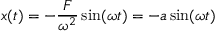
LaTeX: x ( t ) = - { \frac { F } { \omega ^ { 2 } } } \sin ( \omega t ) = - a \sin ( \omega t )